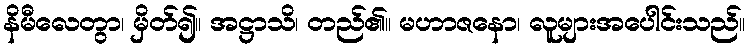
နိမီလေတွာ၊ မှိတ်၍။ အဋ္ဌာသိ၊ တည်၏။ မဟာဇနော၊ လူများအပေါင်းသည်။